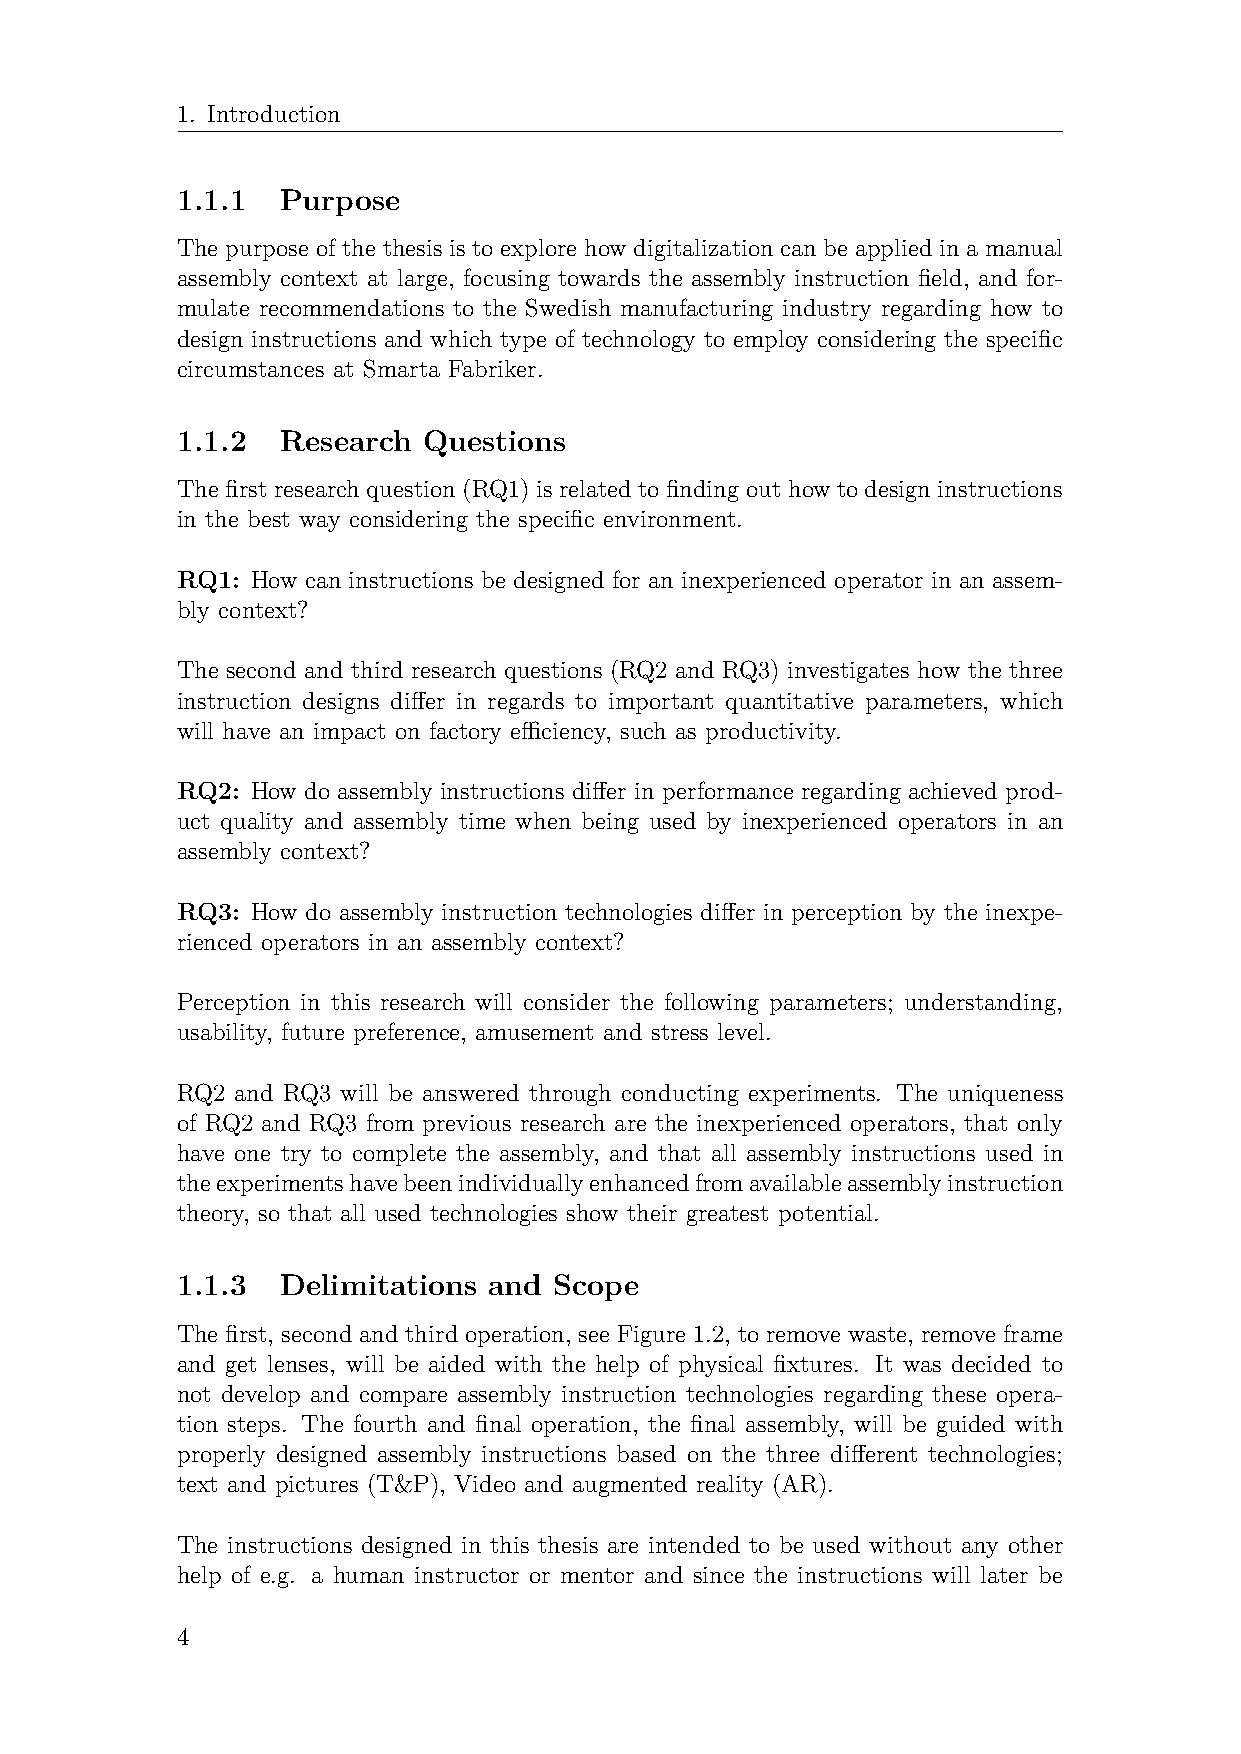
1. Introduction
 1.1.1  Purpose
 The purpose of the thesis is to explore how digitalization can be applied in a manual
 assembly context at large, focusing towards the assembly instruction field, and for-
 mulate recommendations to the Swedish manufacturing industry regarding how to
 design instructions and which type of technology to employ considering the specific
 circumstances at Smarta Fabriker.
 1.1.2  Research Questions
 The first research question (RQ1) is related to finding out how to design instructions
 in the best way considering the specific environment.
 RQ1: How can instructions be designed for an inexperienced operator in an assem-
 bly context?
 The second and third research questions (RQ2 and RQ3) investigates how the three
 instruction designs differ in regards to important quantitative parameters, which
 will have an impact on factory efficiency, such as productivity.
 RQ2: How do assembly instructions differ in performance regarding achieved prod-
 uct quality and assembly time when being used by inexperienced operators in an
 assembly context?
 RQ3: How do assembly instruction technologies differ in perception by the inexpe-
 rienced operators in an assembly context?
 Perception in this research will consider the following parameters; understanding,
 usability, future preference, amusement and stress level.
 RQ2 and RQ3 will be answered through conducting experiments. The uniqueness
 of RQ2 and RQ3 from previous research are the inexperienced operators, that only
 have one try to complete the assembly, and that all assembly instructions used in
 theexperimentshavebeenindividuallyenhancedfromavailableassemblyinstruction
 theory, so that all used technologies show their greatest potential.
 1.1.3  Delimitations and Scope
 The first, second and third operation, see Figure 1.2, to remove waste, remove frame
 and get lenses, will be aided with the help of physical fixtures. It was decided to
 not develop and compare assembly instruction technologies regarding these opera-
 tion steps. The fourth and final operation, the final assembly, will be guided with
 properly designed assembly instructions based on the three different technologies;
 text and pictures (T&P), Video and augmented reality (AR).
 The instructions designed in this thesis are intended to be used without any other
 help of e.g. a human instructor or mentor and since the instructions will later be
 4